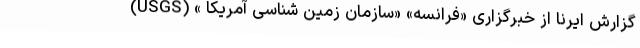
گزارش ایرنا از خبرگزاری «فرانسه» «سازمان زمین شناسی آمریکا » (USGS)